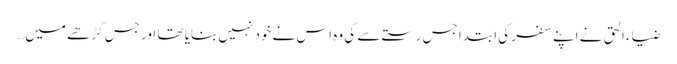
ضیاء الحق نے اپنے سفر کی ابتدا جس رستے سے کی وہ اس نے خود نہیں بنایا تھا اور جس گڑھے میں…